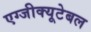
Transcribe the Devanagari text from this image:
एग्जीक्यूटेबल